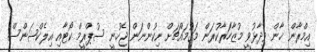
އިމްރާން ޚާން ވިދާޅުވީ މުޒާހަރާކުރަން މަގުމައްޗަށް ނިކުންނަން ޖެހުނީ ސުޕްރީމް ކޯޓާއި އިލެކްޝަންސް